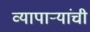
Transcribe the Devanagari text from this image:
व्यापाऱ्यांची